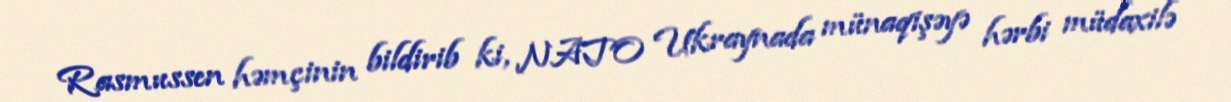
Rasmussen həmçinin bildirib ki, NATO Ukraynada münaqişəyə hərbi müdaxilə